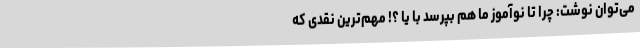
می‌توان نوشت: چرا تا نوآموز ما هم بپرسد با یا ؟! مهم‌ترین نقدی که